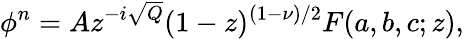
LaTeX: \phi^{n}=Az^{-i\sqrt{Q}}(1-z)^{(1-\nu)/2}F(a,b,c;z),